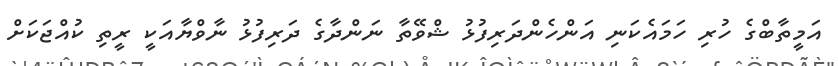
އަމީތާބްގެ ހުރި ހަމައެކަނި އަންހެންދަރިފުޅު ޝްވޭތާ ނަންދާގެ ދަރިފުޅު ނާވްޔާއަކީ ރީތި ކުއްޖަކަށް